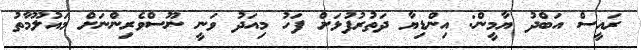
ރައީސް އަބްދު ޔާމީން: އިންޑިޔާ ދަތުރުފުޅަށް ފަހު މިއަދު ވަނީ ނޫސްވެރިންނަށް މައުލޫމާތު